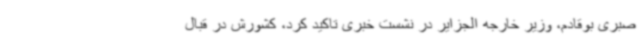
صبری بوقادم، وزیر خارجه الجزایر در نشست خبری تاکید کرد، کشورش در قبال